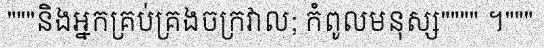
"""និងអ្នកគ្រប់គ្រងចក្រវាល; កំពូលមនុស្ស"""" ។"""